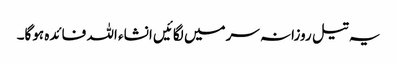
یہ تیل روزانہ سرمیں لگائیں انشاء اللہ فائدہ ہوگا۔